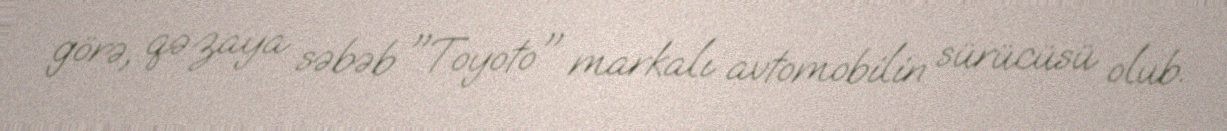
görə, qəzaya səbəb "Toyoto" markalı avtomobilin sürücüsü olub.